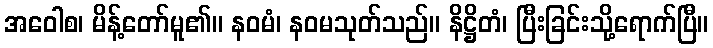
အဝေါစ၊ မိန့်တော်မူ၏။ နဝမံ၊ နဝမသုတ်သည်။ နိဋ္ဌိတံ၊ ပြီးခြင်းသို့ရောက်ပြီ။